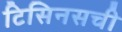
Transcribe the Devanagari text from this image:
टिसिनसची